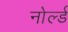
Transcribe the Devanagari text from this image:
नोर्ल्ड